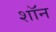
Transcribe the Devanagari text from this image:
शाॅन